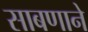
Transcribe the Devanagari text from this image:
साबणाने